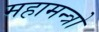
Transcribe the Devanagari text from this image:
महामन्त्रो